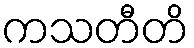
ကသတီတိ